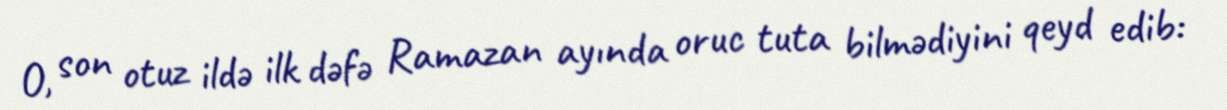
O, son otuz ildə ilk dəfə Ramazan ayında oruc tuta bilmədiyini qeyd edib: